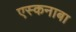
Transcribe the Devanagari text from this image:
एस्कनाबा